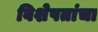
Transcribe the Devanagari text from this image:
विशेषतांचा